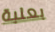
بعلبة